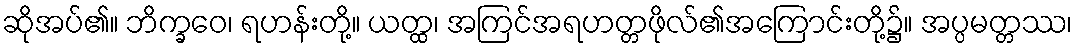
ဆိုအပ်၏။ ဘိက္ခဝေ၊ ရဟန်းတို့။ ယတ္ထ၊ အကြင်အရဟတ္တဖိုလ်၏အကြောင်းတို့၌။ အပ္ပမတ္တဿ၊